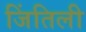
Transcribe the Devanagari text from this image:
जिंतिली